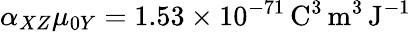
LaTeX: \alpha_{XZ}\mu_{0Y}=1.53\times 10^{-71}\, \mathrm{C}^{3}\, \mathrm{m}^{3}\, \mathrm{J}^{-1}